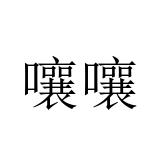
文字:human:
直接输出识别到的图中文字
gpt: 嚷嚷